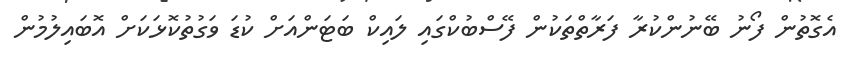
އެގޮތުން ފޯނު ބޭނުންކުރާ ފަރާތްތަކުން ފޭސްބުކްގަައި ލައިކް ބަޓަންއަށް ކުޑަ ވަގުތުކޮޅަކަށް އޮބައިލުމުން